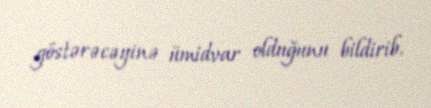
göstərəcəyinə ümidvar olduğunu bildirib.